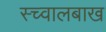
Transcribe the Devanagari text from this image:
स्च्वालबाख